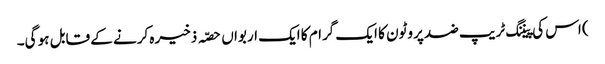
) اس کی پیننگ ٹریپ ضد پروٹون کا ایک گرام کا ایک اربواں حصّہ ذخیرہ کرنے کے قابل ہو گی۔